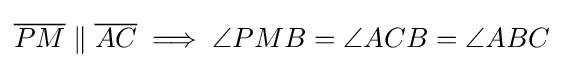
{\overline {PM}}\parallel {\overline {AC}}\implies \angle PMB=\angle ACB=\angle ABC